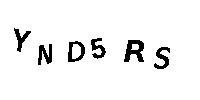
YND5RS